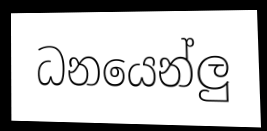
ධනයෙන්ලු